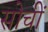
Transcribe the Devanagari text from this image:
सोचीं